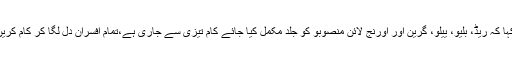
سید اویس قادر شاہ نے کہا کہ ریڈ، بلیو، ییلو، گرین اور اورنج لائن منصوبو کو جلد مکمل کیا جائے کام تیزی سے جاری ہے،تمام افسران دل لگا کر کام کریں عوام کو رلیف دینا ہے۔